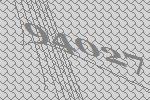
94027